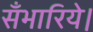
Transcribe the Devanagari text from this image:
सँभारिये।